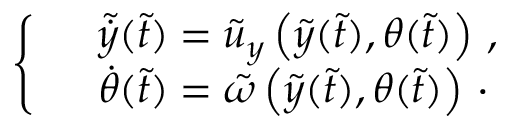
\begin{array} { r } { \left\{ \begin{array} { l l } & { \tilde { \dot { y } } ( \tilde { t } ) = \tilde { u } _ { y } \left( \tilde { y } ( \tilde { t } ) , \theta ( \tilde { t } ) \right) \, , } \\ & { \dot { \theta } ( \tilde { t } ) = \tilde { \omega } \left( \tilde { y } ( \tilde { t } ) , \theta ( \tilde { t } ) \right) \, \cdot } \end{array} \right. } \end{array}